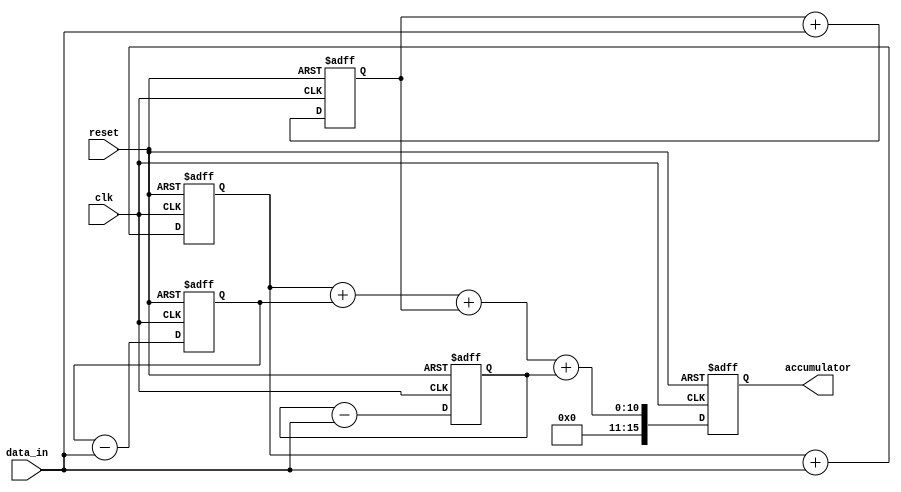
module parallel_accumulator (
  input wire [7:0] data_in,
  input wire clk,
  input wire reset,
  output reg [15:0] accumulator
);

reg [7:0] sum1, sum2, sum3, sum4;

always @(posedge clk or posedge reset) begin
  if (reset) begin
    sum1 <= 8'b0;
    sum2 <= 8'b0;
    sum3 <= 8'b0;
    sum4 <= 8'b0;
    accumulator <= 16'b0;
  end else begin
    sum1 <= sum1 + data_in;
    sum2 <= sum2 - data_in;
    sum3 <= sum3 + data_in;
    sum4 <= sum4 - data_in;
    
    accumulator <= sum1 + sum2 + sum3 + sum4;
  end
end

endmodule